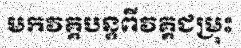
មកវគ្គបន្តពីវគ្គជម្រុះ